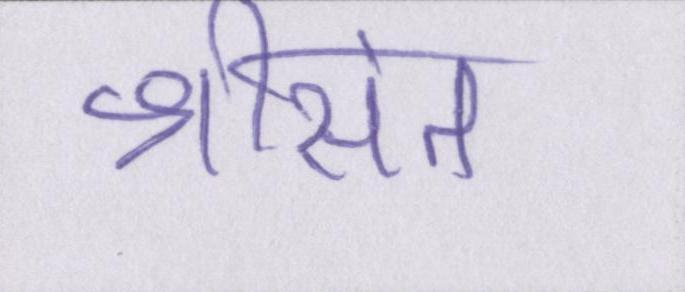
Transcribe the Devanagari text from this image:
श्रीसंत